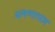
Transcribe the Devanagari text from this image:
श्रमणाचल